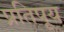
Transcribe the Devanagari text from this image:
प्रतिपूय